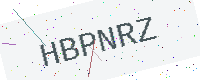
Text: HBPNRZ